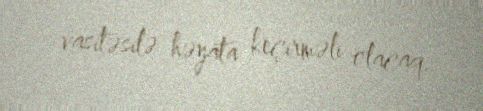
vasitəsilə həyata keçirməli olacaq.